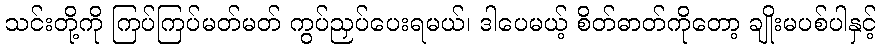
သင်းတို့ကို ကြပ်ကြပ်မတ်မတ် ကွပ်ညှပ်ပေးရမယ်၊ ဒါပေမယ့် စိတ်ဓာတ်ကိုတော့ ချိုးမပစ်ပါနှင့်